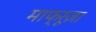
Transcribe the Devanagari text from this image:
माफ्रूज़ा